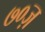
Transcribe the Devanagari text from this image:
७०ज़